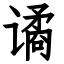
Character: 谲